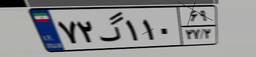
۷۲گ۱۱۰۶۹